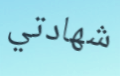
شهادتي